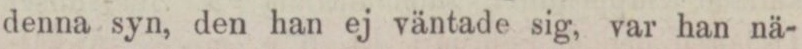
denna syn, den han ej väntade sig, var han nä-